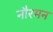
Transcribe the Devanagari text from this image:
नौरमन